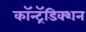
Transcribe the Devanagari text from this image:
कॉन्ट्रॅडिक्शन